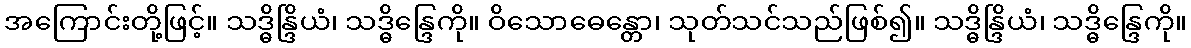
အကြောင်းတို့ဖြင့်။ သဒ္ဓိန္ဒြိယံ၊ သဒ္ဓိန္ဒြေကို။ ဝိသောဓေန္တော၊ သုတ်သင်သည်ဖြစ်၍။ သဒ္ဓိန္ဒြိယံ၊ သဒ္ဓိန္ဒြေကို။